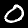
Digit: 0